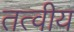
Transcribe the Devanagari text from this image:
तत्‍वीय